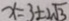
x = 3 \pm 2 \sqrt { 3 }